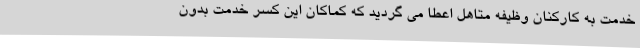
خدمت به کارکنان وظیفه متاهل اعطا می گردید که کماکان این کسر خدمت بدون